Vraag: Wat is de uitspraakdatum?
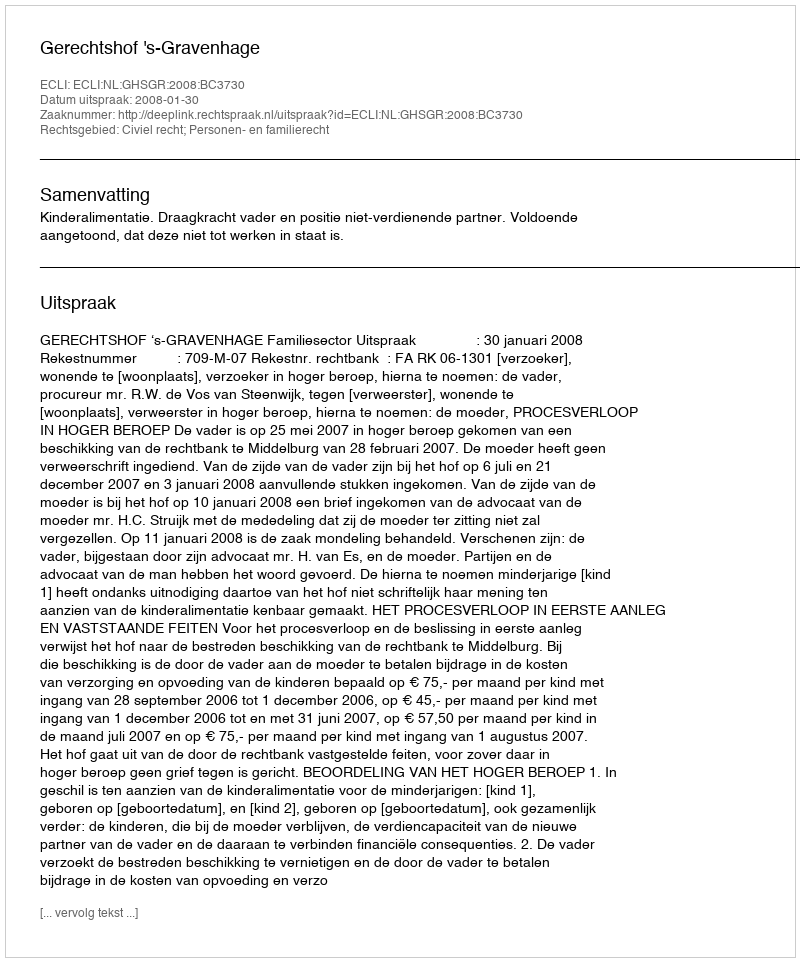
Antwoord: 2008-01-30